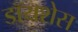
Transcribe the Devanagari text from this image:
डॉयशेस